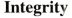
Integrity